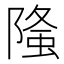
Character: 𨻦